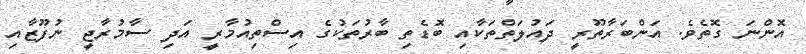
އޮންނަ ގޮތެވެ. އަންބަރާތޫރީ ދައުލަތްތަކާއި ބޮޑެތި ބާރުތަކުގެ އިސްތިއުމާރީ އަދި ސާމުރާޖީ ނުފޫޒާއި